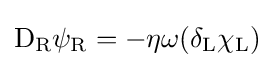
\mathrm {D} _{\rm {R}}\psi _{\rm {R}}=-\eta \omega (\delta _{\rm {L}}\chi _{\rm {L}})